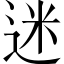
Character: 迷